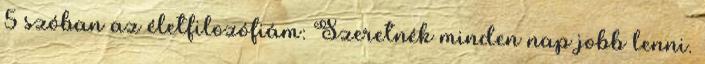
5 szóban az életfilozófiám: Szeretnék minden nap jobb lenni.